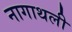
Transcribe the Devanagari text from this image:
नागाथली